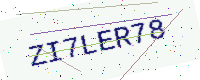
Text: ZI7LER78